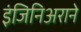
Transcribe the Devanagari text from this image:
इंजिनिअराने